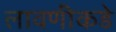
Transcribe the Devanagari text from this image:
लावणीकडे